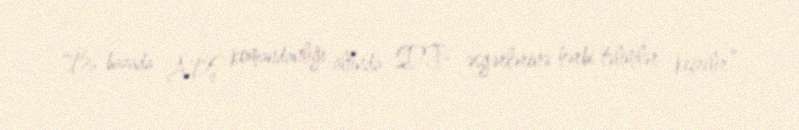
“Bu bazada ABŞ komandanlığı altında SDF- əsgərlərinə hərbi təlimlər keçrilir”,